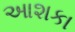
આશકા